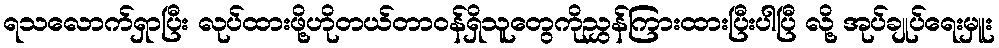
ရသလောက်ရှာပြီး လုပ်ထားဖို့ဟိုတယ်တာဝန်ရှိသူတွေကိုညွှန်ကြားထားပြီးပါပြီ လို့ အုပ်ချုပ်ရေးမှူး